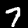
Label: 7